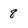
Character: 8